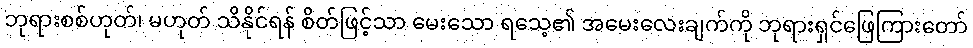
ဘုရားစစ်ဟုတ်၊ မဟုတ် သိနိုင်ရန် စိတ်ဖြင့်သာ မေးသော ရသေ့၏ အမေးလေးချက်ကို ဘုရားရှင်ဖြေကြားတော်